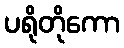
ပရိုတိုကော